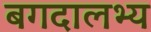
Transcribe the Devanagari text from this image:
बगदालभ्य